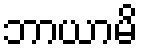
ဘာယာမိ